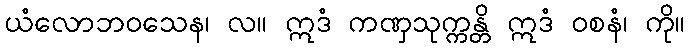
ယံလောဘဝသေန၊ လ။ ဣဒံ ကဏှသုက္ကန္တိ ဣဒံ ဝစနံ၊ ကို။